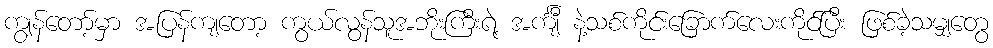
ကျွန်တော့်မှာ အပြန်ကျတော့ ကွယ်လွန်သူအဘိုးကြီးရဲ့ အင်္ကျီ နဲ့သစ်ကိုင်းခြောက်လေးကိုင်ပြီး ဖြစ်ခဲ့သမျှတွေ